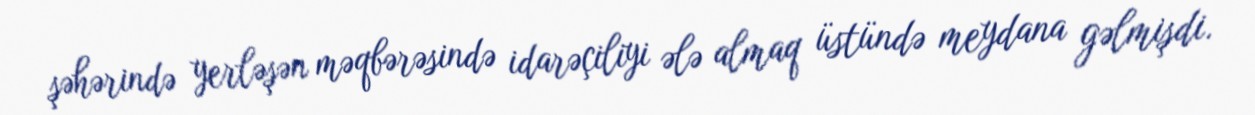
şəhərində yerləşən məqbərəsində idarəçiliyi ələ almaq üstündə meydana gəlmişdi.